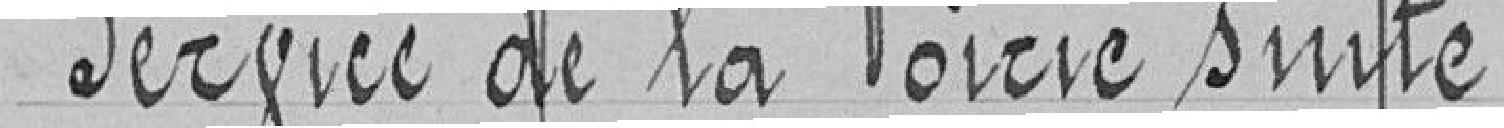
Service de la Voirie suite